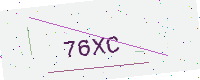
Text: 76XC